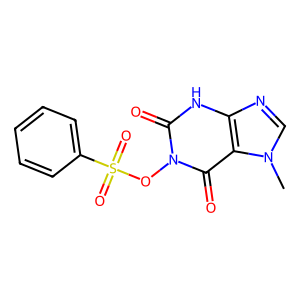
SMILES: Cn1cnc2[nH]c(=O)n(OS(=O)(=O)c3ccccc3)c(=O)c21
Inhibits HIV replication: No